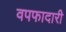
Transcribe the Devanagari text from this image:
वपफादारी